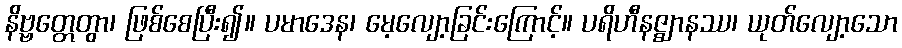
နိဗ္ဗတ္တေတွာ၊ ဖြစ်စေပြီး၍။ ပမာဒေန၊ မေ့လျော့ခြင်းကြောင့်။ ပရိဟီနဇ္ဈာနဿ၊ ယုတ်လျော့သော